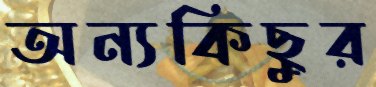
অন্যকিছুর